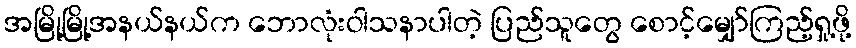
အမြို့မြို့အနယ်နယ်က ဘောလုံးဝါသနာပါတဲ့ ပြည်သူတွေ စောင့်မျှော်ကြည့်ရှု့ဖို့